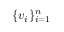
\{ v _ { i } \} _ { i = 1 } ^ { n }